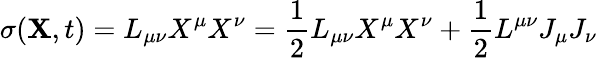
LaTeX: \sigma({\mathbf X},t)=L_{\mu\nu}X^{\mu}X^{\nu}=\frac{1}{2}L_{\mu\nu}X^{\mu}X^{\nu}+\frac{1}{2}L^{\mu\nu}J_{\mu}J_{\nu}